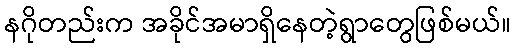
နဂိုတည်းက အခိုင်အမာရှိနေတဲ့ရွာတွေဖြစ်မယ်။